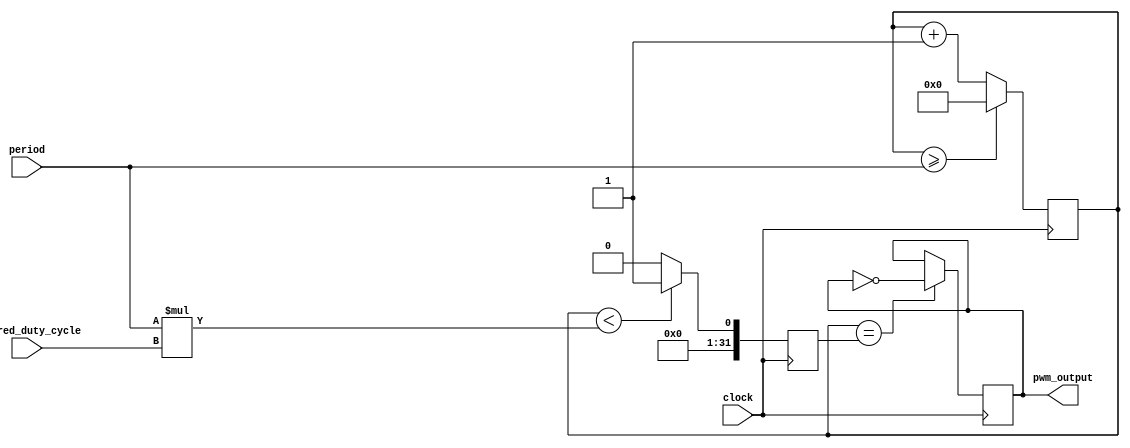
module pwm_generator(
    input wire desired_duty_cycle,
    input wire period,
    input wire clock,
    output reg pwm_output
);

reg [31:0] counter;
reg [31:0] compare_value;

always @(posedge clock) begin
    counter <= counter + 1;

    if (counter >= period) begin
        counter <= 0;
    end

    if (counter < (period * desired_duty_cycle)) begin
        compare_value <= 1;
    end else begin
        compare_value <= 0;
    end

    if (counter == compare_value) begin
        pwm_output <= ~pwm_output;
    end
end

endmodule